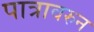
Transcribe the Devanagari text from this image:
पात्रावरुन